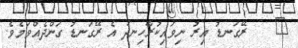
١    ރޭގަނޑު އިރު ނިވައިކުރާހިނދު އެ ރޭގަނޑު ގަންދެއްވަމެވެ.